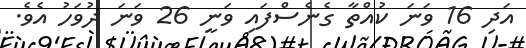
އަދި 16 ވަނަ ކުއްތާ ގެނެސްފައި ވަނީ 26 ވަނަ ދުވަހު އެވެ.